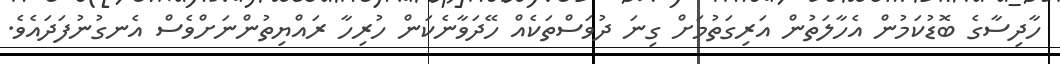
ހާދިސާގެ ބޮޑުކަމުން އެހާލަތުން އަރިގަތުމަށް ގިނަ ދުވަސްތަކެއް ހޭދަވާނެކަން ހުރިހާ ރައްޔިތުންނަށްވެސް އެނގުނުފަދައެވެ.